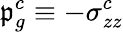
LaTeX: \mathfrak{p}_{g}^{c}\equiv-\sigma_{zz}^{c}